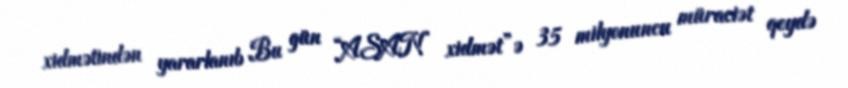
xidmətindən yararlanıb Bu gün “ASAN xidmət”ə 35 milyonuncu müraciət qeydə